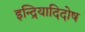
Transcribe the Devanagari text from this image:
इन्द्रियादिदोष